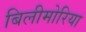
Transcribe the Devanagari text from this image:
बिलीमोरिया